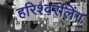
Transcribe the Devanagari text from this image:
हरिश्वरलिंग